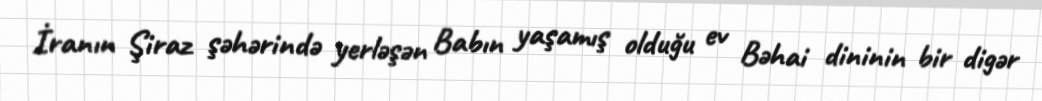
İranın Şiraz şəhərində yerləşən Babın yaşamış olduğu ev Bəhai dininin bir digər